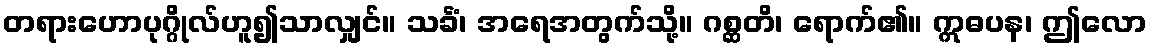
တရားဟောပုဂ္ဂိုလ်ဟူ၍သာလျှင်။ သင်္ခံ၊ အရေအတွက်သို့။ ဂစ္ဆတိ၊ ရောက်၏။ ဣဓပန၊ ဤလော